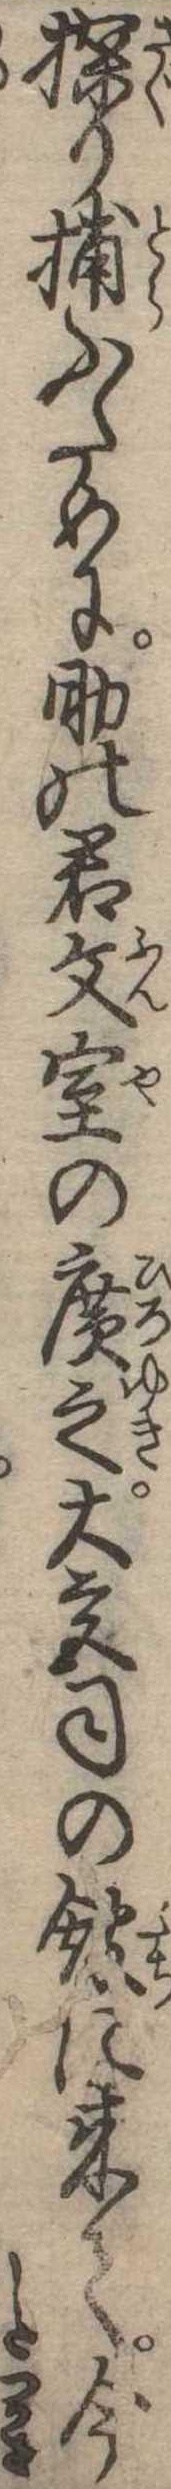
探り捕ふために助の君文屋の広之大宮司の館に来て今